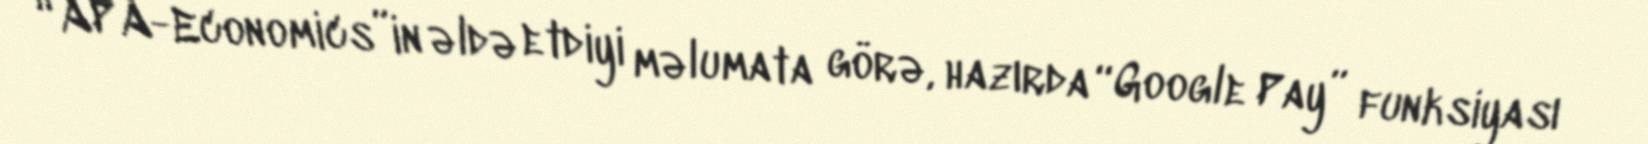
“APA-Economics”in əldə etdiyi məlumata görə, hazırda “Google Pay” funksiyası